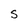
Character: S